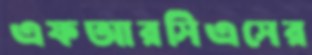
এফআরসিএসের